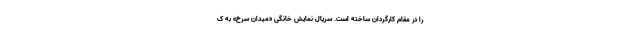
را در مقام کارگردان ساخته است. سریال نمایش خانگی «میدان سرخ» به ک